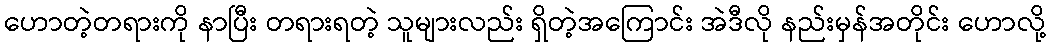
ဟောတဲ့တရားကို နာပြီး တရားရတဲ့ သူများလည်း ရှိတဲ့အကြောင်း အဲဒီလို နည်းမှန်အတိုင်း ဟောလို့